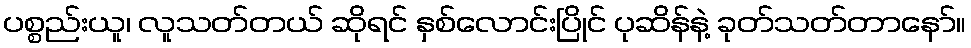
ပစ္စည်းယူ၊ လူသတ်တယ် ဆိုရင် နှစ်လောင်းပြိုင် ပုဆိန်နဲ့ ခုတ်သတ်တာနော်။